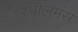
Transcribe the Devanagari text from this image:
स्पीलमंस